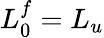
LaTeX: L_{0}^{f}=L_{u}